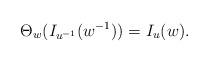
LaTeX: \begin{align*}\Theta_w(I_{u^{-1}}(w^{-1})) = I_u(w).\end{align*}